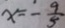
x = - \frac { 9 } { 5 }